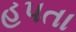
હપતા